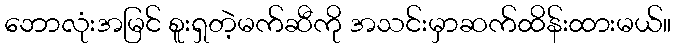
ဘောလုံးအမြင် စူးရှတဲ့မက်ဆီကို အသင်းမှာဆက်ထိန်းထားမယ်။